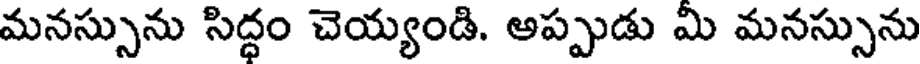
మనస్సును సిద్ధం చెయ్యండి. అప్పుడు మి మనస్సును